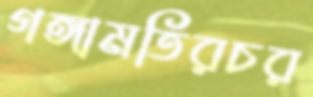
গঙ্গামতিরচর